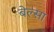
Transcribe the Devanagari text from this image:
बेल्सा